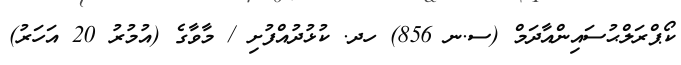
ކޯޕްރަލްޙުސައިންއާދަމް (ސ.ނ 856) ހދ. ކުޅުދުއްފުށި / މާވާގެ (އުމުރު 20 އަހަރު)